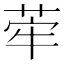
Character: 𦰤